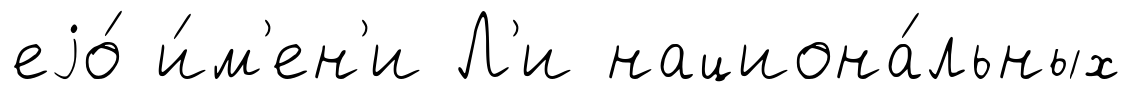
еjо́ и́м'ен'и Л'и национа́льных